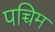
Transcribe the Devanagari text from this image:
पच्चिम